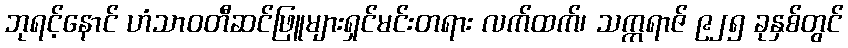
ဘုရင့်နောင် ဟံသာဝတီဆင်ဖြူများရှင်မင်းတရား လက်ထက်၊ သက္ကရာဇ် ၉၂၅ ခုနှစ်တွင်